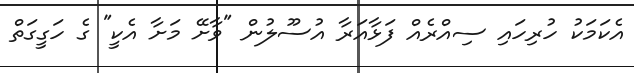
އެކަމަކު ހުރިހައި ސިއްރެއް ފަޅާއަރާ އުސޫލުން "ވާށޭ މަށާ އެކީ" ގެ ހަގީގަތް